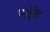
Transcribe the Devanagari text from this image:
भर्तृमेष्ठ